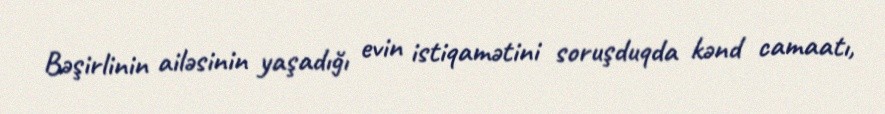
Bəşirlinin ailəsinin yaşadığı evin istiqamətini soruşduqda kənd camaatı,